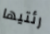
رئتيها